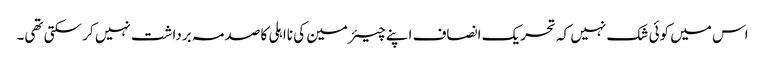
اس میں کوئی شک نہیں کہ تحریک انصاف اپنے چیئرمین کی نااہلی کا صدمہ برداشت نہیں کر سکتی تھی۔